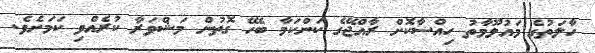
ހާލަތުގެ މައުލޫމާތު ހިއްސާކޮށް ރާއްޖޭގެ ކަންކަމާ ބެހޭ ގޮތުން މަޝްވަރާ ކުރެއްވި ކަމަށެވެ.